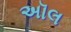
અૉલ